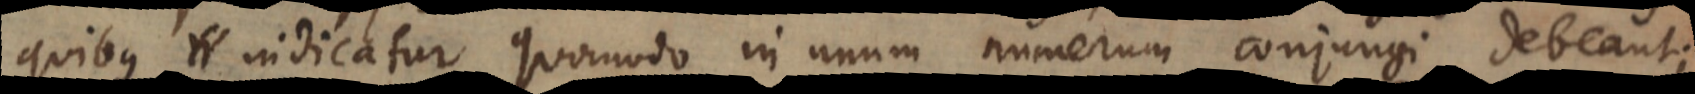
quibus indicatur quomodo in unum numerum conjungi debeant;